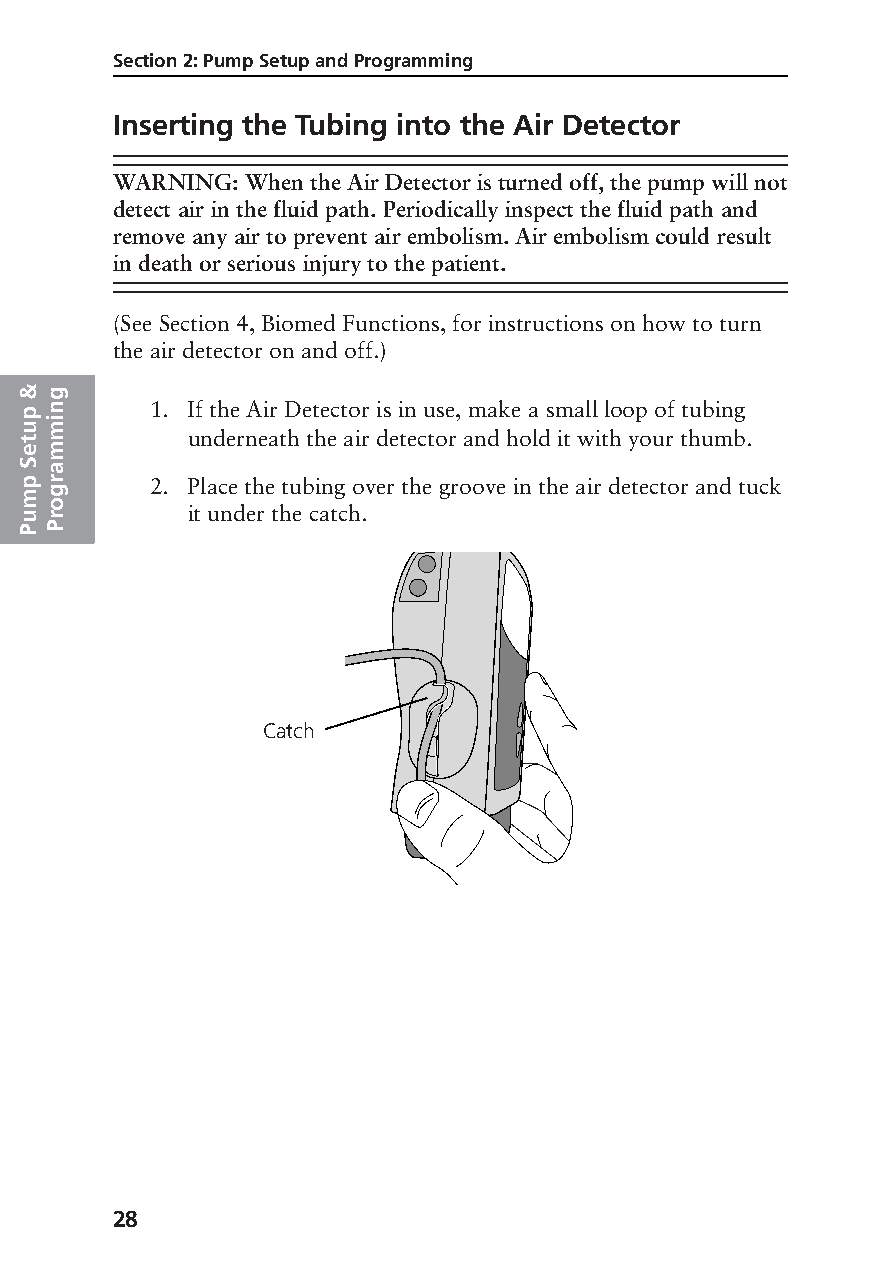
Section 2: Pump Setup and Programming
 Inserting the Tubing into the Air Detector
 WARNING: When the Air Detector is turned off, the pump will not
 detect air in the fluid path. Periodically inspect the fluid path and
 remove any air to prevent air embolism. Air embolism could result
 in death or serious injury to the patient.
 (See Section 4, Biomed Functions, for instructions on how to turn
 the air detector on and off.)
 &g
 p n      1. If the Air Detector is in use, make a small loop of tubing
 umi
 t          underneath the air detector and hold it with your thumb.
 em
 Sa
 p r      2. Place the tubing over the groove in the air detector and tuck
 mg
 uro        it under the catch.
 PP
 Catch
 28
 PROOF (LR #3086), 2000-03-16 «3935-51D Manual, Legacy 1»